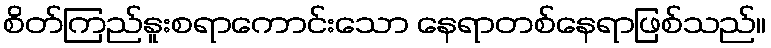
စိတ်ကြည်နူးစရာကောင်းသော နေရာတစ်နေရာဖြစ်သည်။